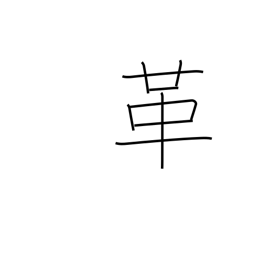
Meaning: reform